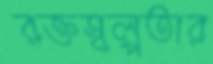
রক্তস্বল্পতার